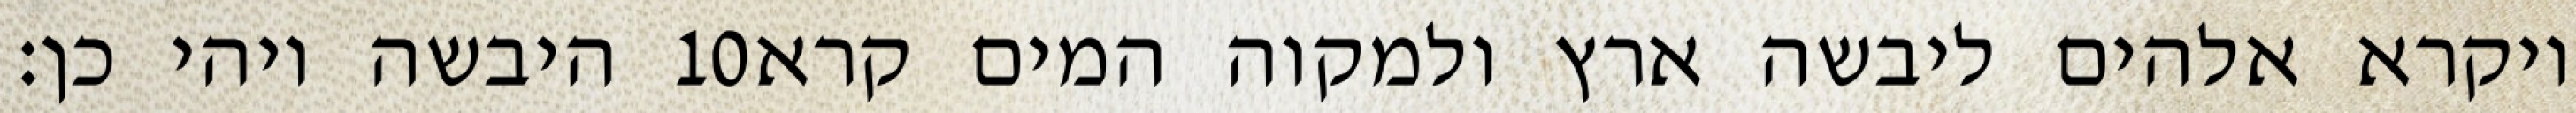
היבשה ויהי כן׃ ‎10‏ ויקרא אלהים ליבשה ארץ ולמקוה המים קרא